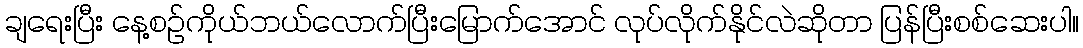
ချရေးပြီး နေ့စဉ်ကိုယ်ဘယ်လောက်ပြီးမြောက်အောင် လုပ်လိုက်နိုင်လဲဆိုတာ ပြန်ပြီးစစ်ဆေးပါ။